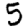
Digit: 5